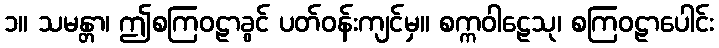
၁။ သမန္တာ၊ ဤစကြဝဠာခွင် ပတ်ဝန်းကျင်မှ။ စက္ကဝါဠေသု၊ စကြဝဠာပေါင်း